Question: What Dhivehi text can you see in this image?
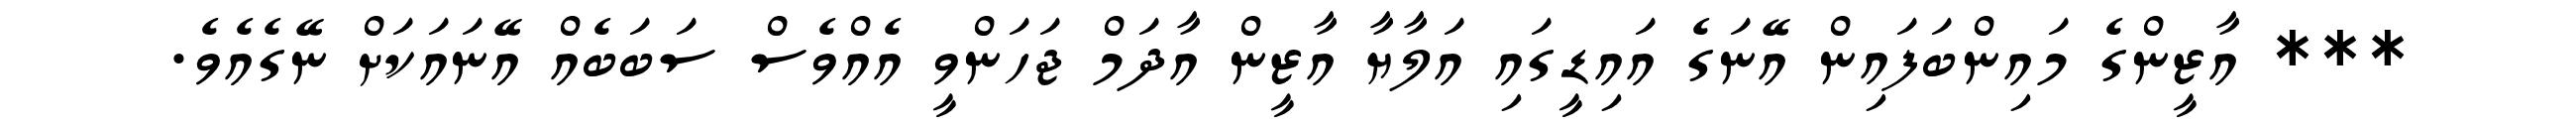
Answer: *** އާޒީންގެ މައިންބަފައިން އޭނަގެ އައިޑީގައި އަލާޔާ އާޒީން އާދަމް ޖަހަންވީ އެއްވެސް ސަބަބެއް އޭނައަކަށް ނޭގެއެވެ.